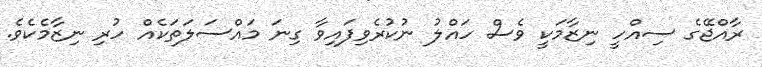
ރާއްޖޭގެ ސިއްހީ ނިޒާމަކީ ވެސް ހައްލު ނުކުރެވިފައިވާ ގިނަ މައްސަލަތަކެއް ހުރި ނިޒާމެކެވެ.